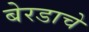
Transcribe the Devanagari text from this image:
बेरडाचे